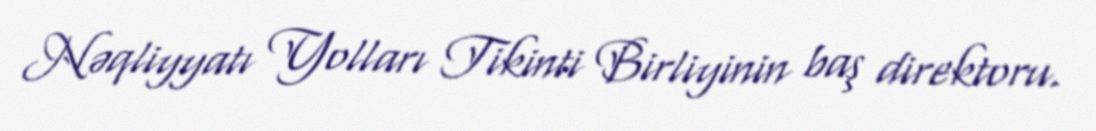
Nəqliyyatı Yolları Tikinti Birliyinin baş direktoru.